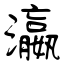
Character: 瀛